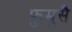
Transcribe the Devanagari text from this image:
फुमुसै